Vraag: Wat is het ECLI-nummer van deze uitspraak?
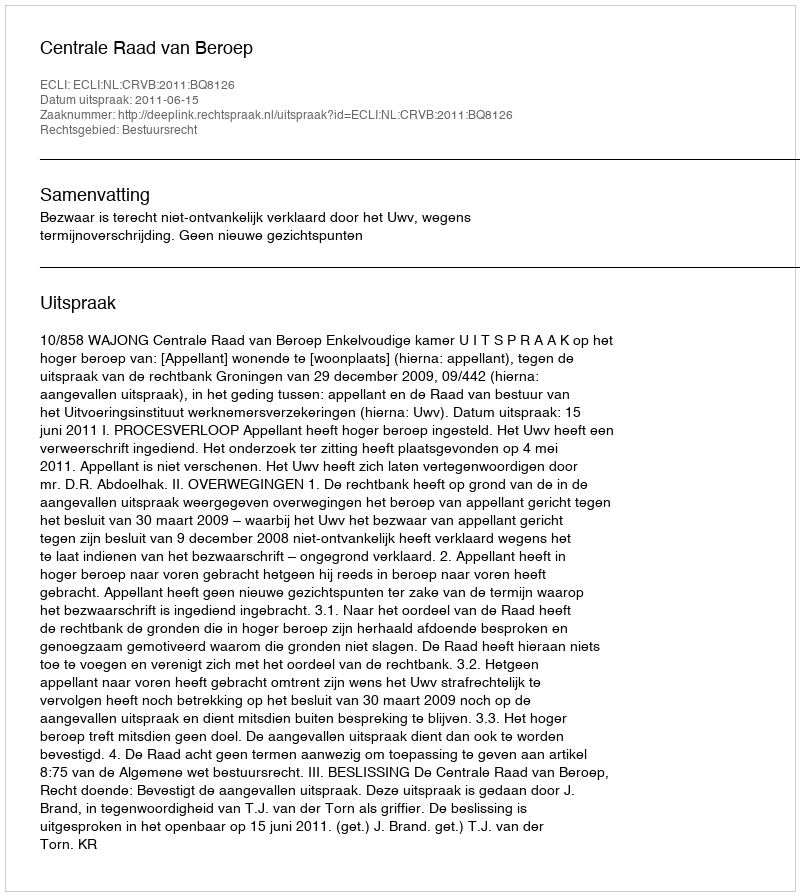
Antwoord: ECLI:NL:CRVB:2011:BQ8126